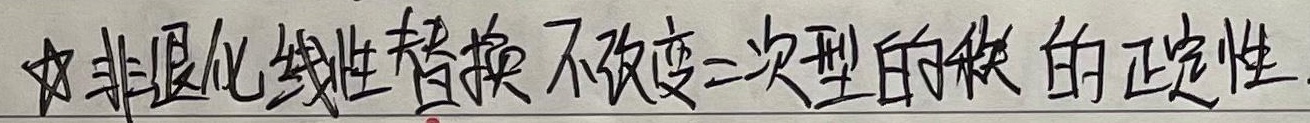
☆非退化线性替换不改变二次型的秩的正定性。